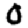
Digit: 0